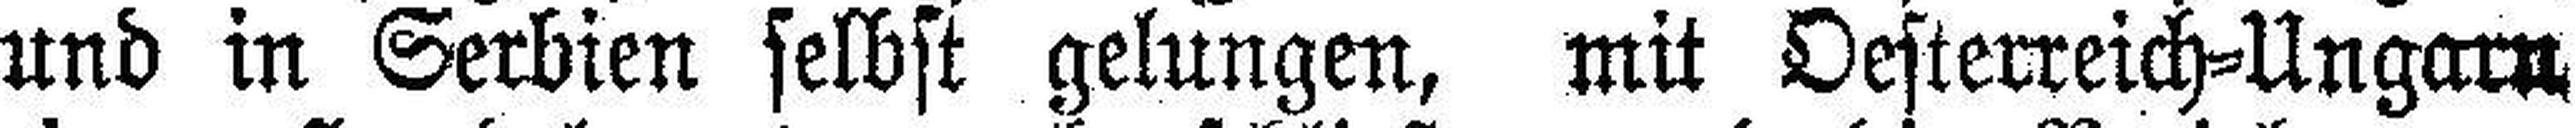
und in Serbien selbst gelungen, mit Oesterreich=Ungarn